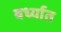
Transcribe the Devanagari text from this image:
वर्ध्यात